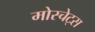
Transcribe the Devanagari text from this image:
मोस्चेट्स